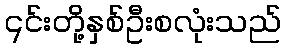
၎င်းတို့နှစ်ဦးစလုံးသည်